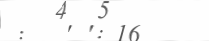
:   ' ': 16